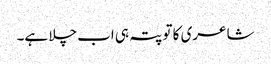
شاعری کا تو پتہ ہی اب چلا ہے۔